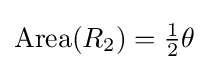
\mathrm {Area} (R_{2})={\tfrac {1}{2}}\theta